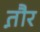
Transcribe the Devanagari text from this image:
त़ौर